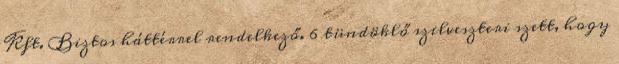
Kft. Biztos háttérrel rendelkező. 6 tündöklő szilveszteri szett, hogy